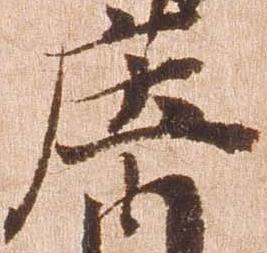
庄